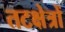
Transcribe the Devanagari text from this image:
तटक्षेत्रों